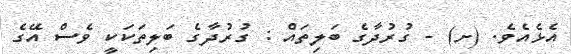
އެޅެއެވެ. (ށ) - ގުރުދާގެ ބަލިތައް : ގުރުދާގެ ބަލިތަކަކީ ވެސް އޭގެ